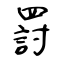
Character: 罸